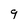
Character: 9